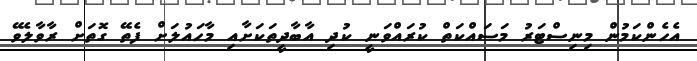
އެހެންކަމުން މިނިސްޓަރު މަސައްކަތް ކުރައްވަނީ ކުދި އާބާދީތަކަށާއި މާހައުލަށް ފެތޭ ގޮތަށް ރާވާލެވޭ